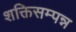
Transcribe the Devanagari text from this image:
शक्तिसम्पन्न